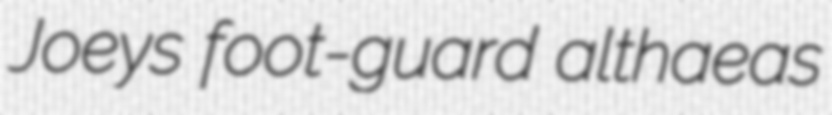
Joeys foot-guard althaeas